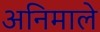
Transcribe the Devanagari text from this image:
अनिमाले